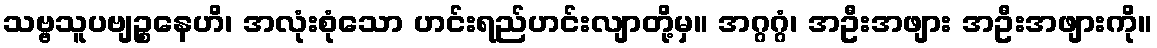
သဗ္ဗသူပဗျဉ္စနေဟိ၊ အလုံးစုံသော ဟင်းရည်ဟင်းလျာတို့မှ။ အဂ္ဂဂ္ဂံ၊ အဦးအဖျား အဦးအဖျားကို။